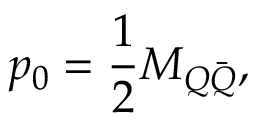
p _ { 0 } = \frac { 1 } { 2 } M _ { Q \bar { Q } } ,